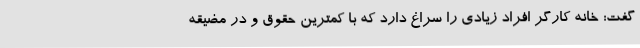
گفت: خانه کارگر افراد زیادی را سراغ دارد که با کمترین حقوق و در مضیقه